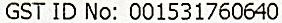
GST ID NO: 001531760640